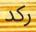
ركد